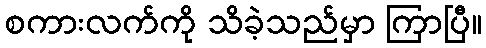
စကားလက်ကို သိခဲ့သည်မှာ ကြာပြီ။